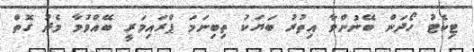
ޓިކެޓު ހޯދަން ބޭނުންވާ އިތުރު ބަޔަކު ތިބިނަމަ ޕްރައިމަރީ ބޭއްވުމާ މެދު ގޮތް